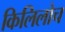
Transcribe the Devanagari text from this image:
किलिलोच